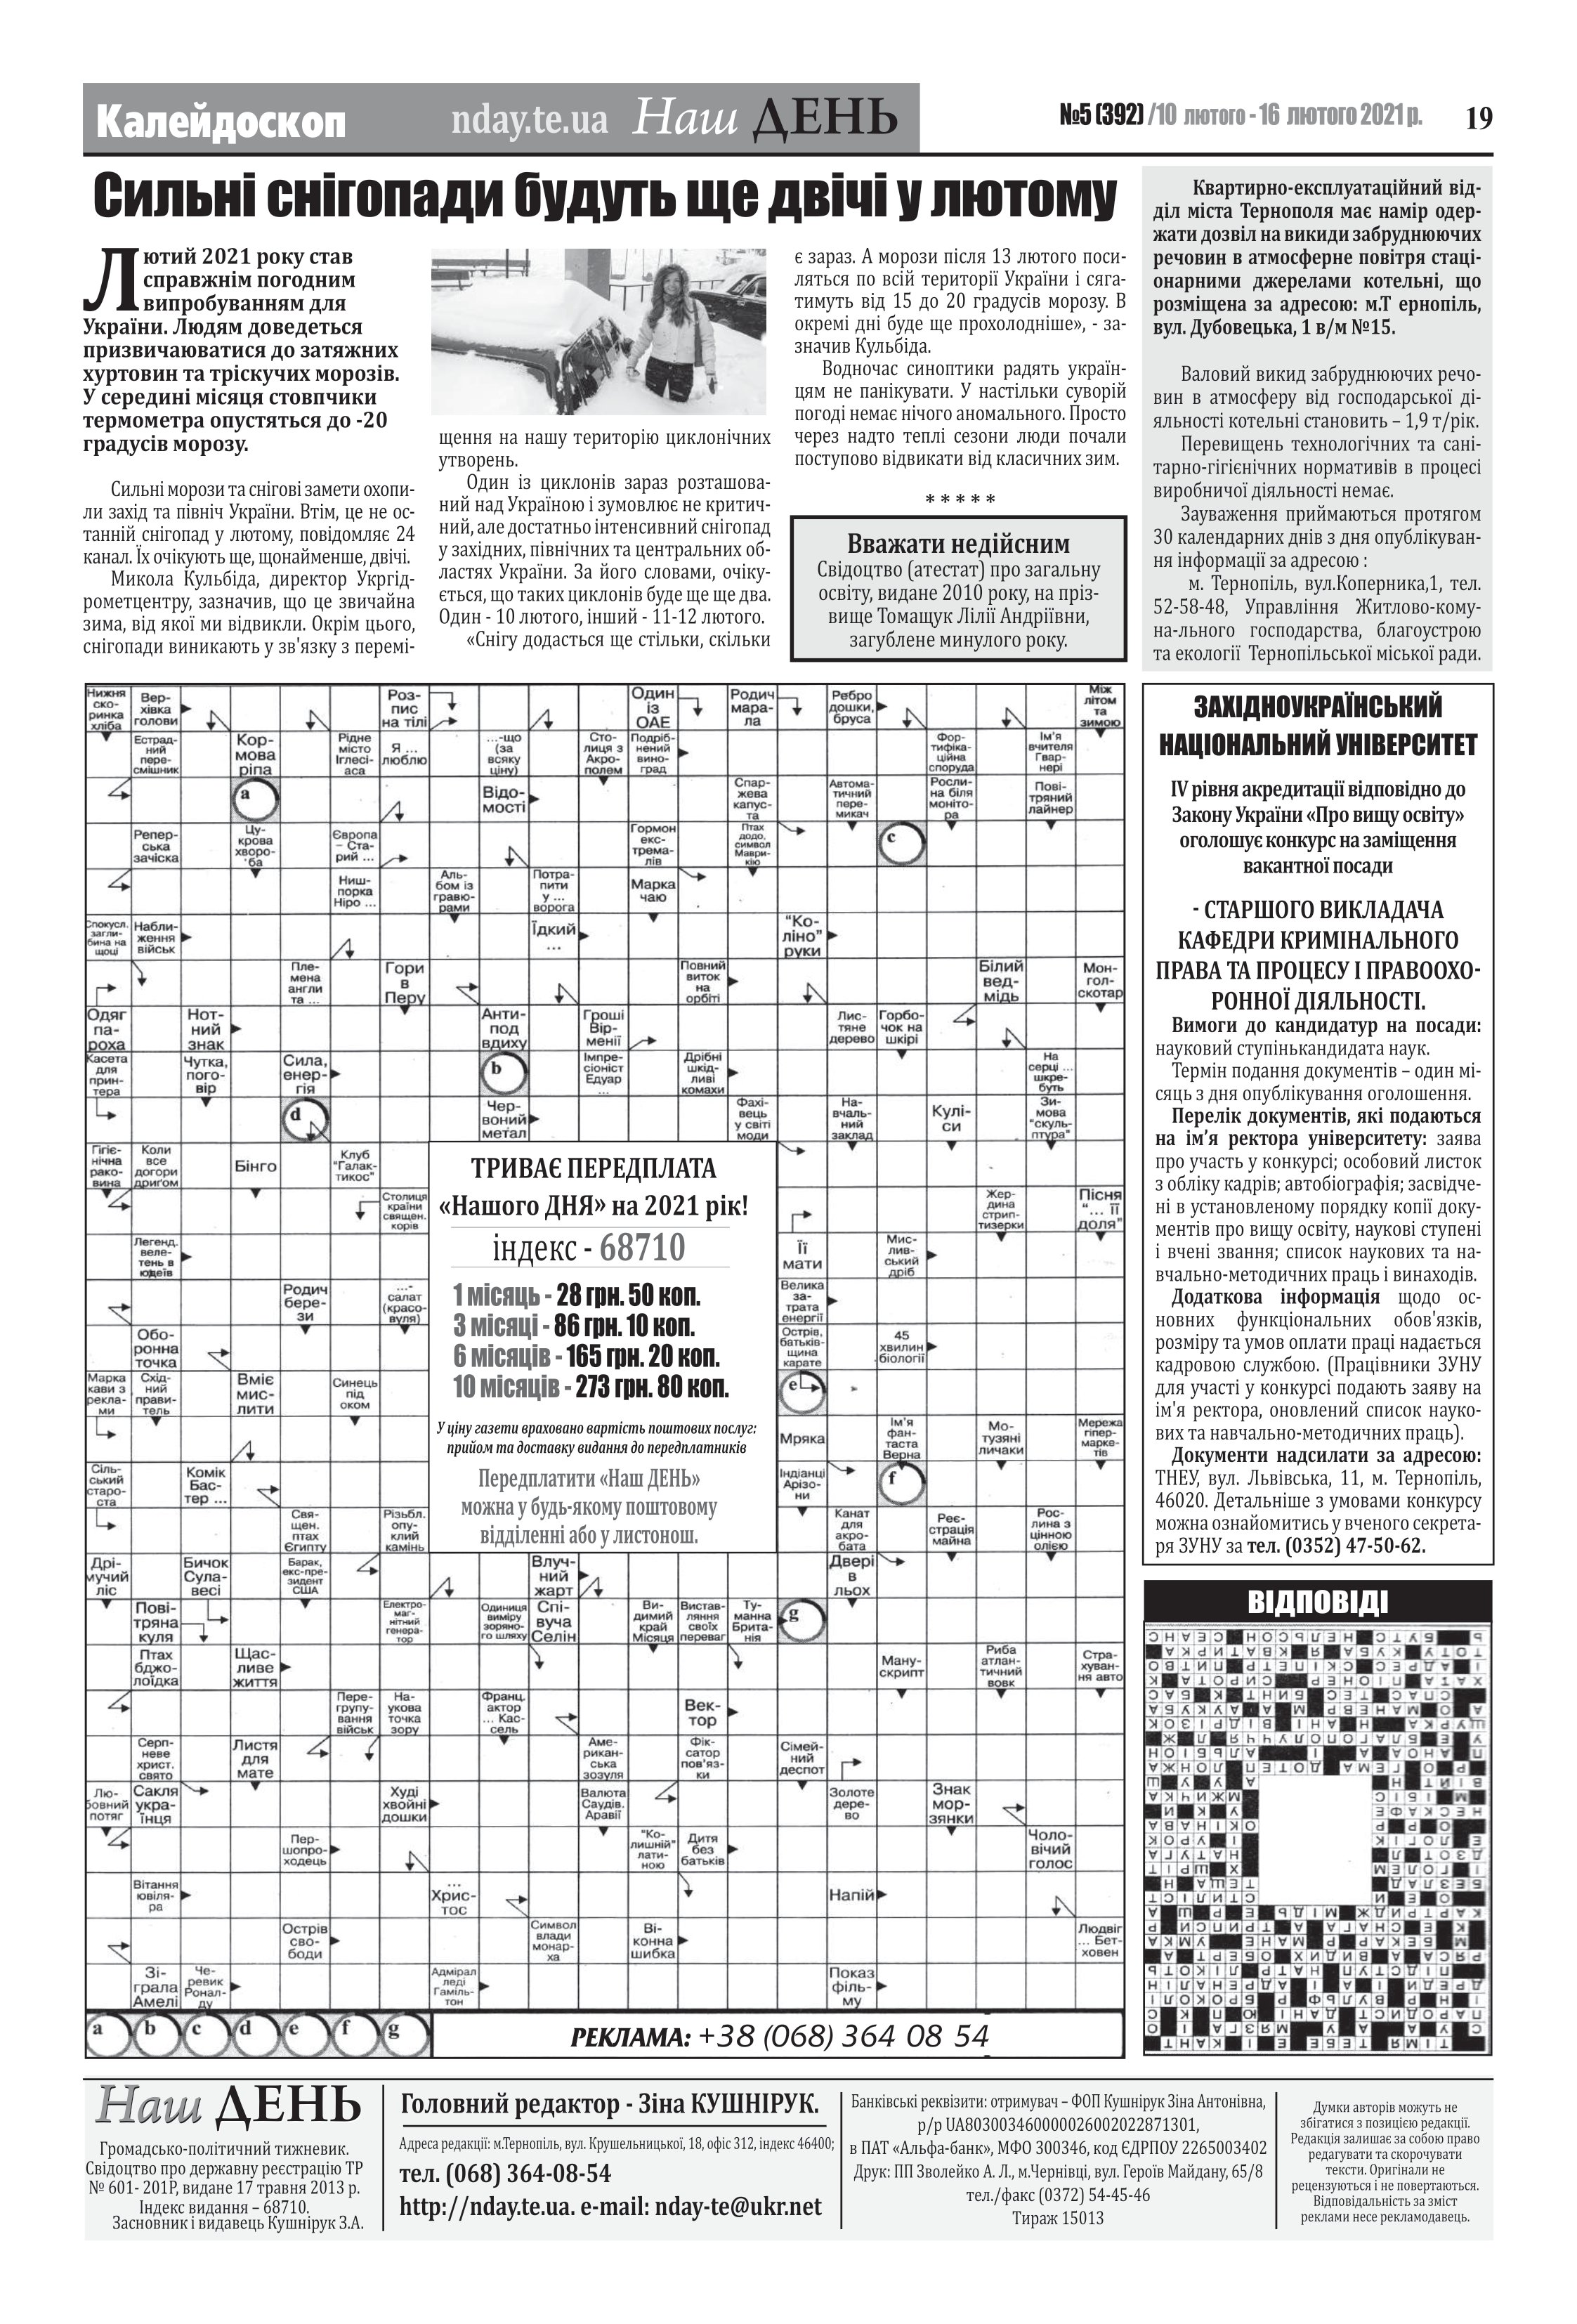
Language: uk